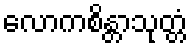
လောကစိန္တာသုတ္တံ